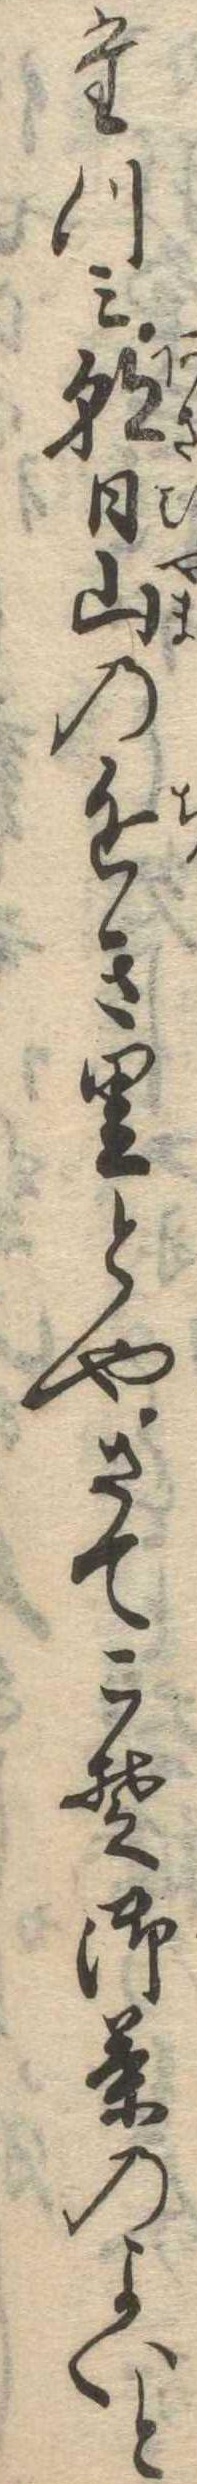
たつみ朝日山の近き里と也さてこそ御茶のよいと